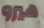
هيرو